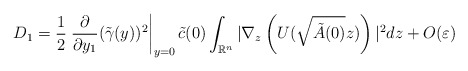
\begin{align*}D_{1}=\frac{1}{2}\left. \frac{\partial}{\partial y_{1}}(\tilde{\gamma}(y))^{2}\right\vert _{y=0}\tilde{c}(0)\int_{\mathbb{R}^{n}}|\nabla_{z}\left(U(\sqrt{\tilde{A}(0)}z)\right) |^{2}dz+O(\varepsilon)\end{align*}